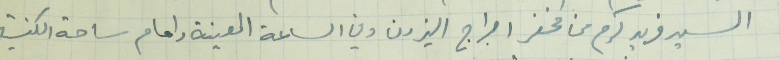
السيد فريد كرم من مخفر احراج البترون وفي الساعة المعينة وامام ساحة الكنيسة